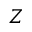
Z